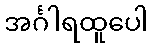
အင်္ဂါရထူပေါ